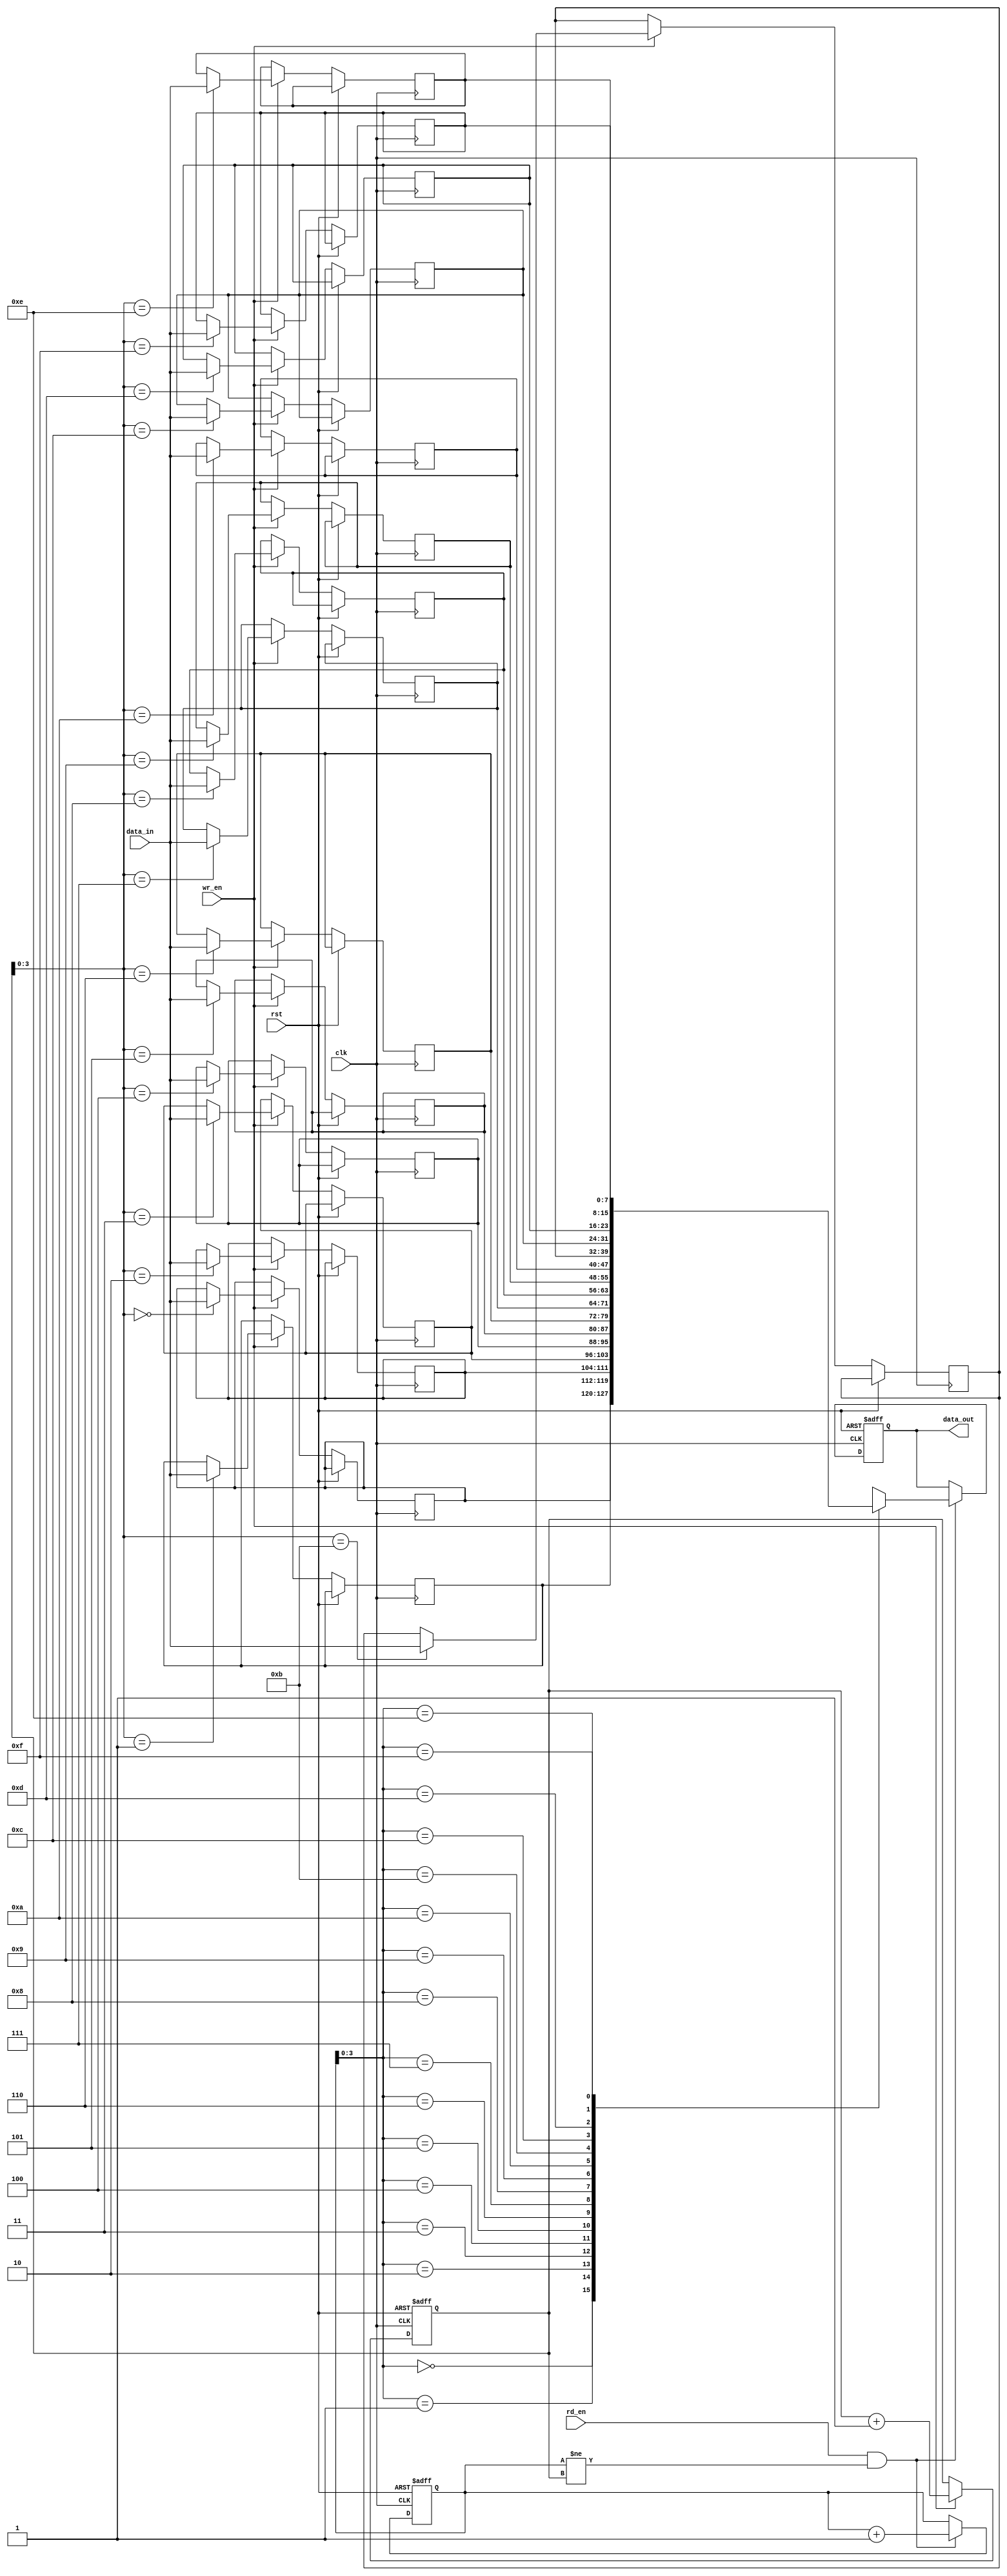
module FirstWordFallThroughFIFO (
    input wire clk,
    input wire rst,
    input wire wr_en,
    input wire rd_en,
    input wire [DATA_WIDTH-1:0] data_in,
    output reg [DATA_WIDTH-1:0] data_out
);

parameter DEPTH = 16;  // Depth of the FIFO buffer
parameter DATA_WIDTH = 8;  // Width of data

reg [DATA_WIDTH-1:0] fifo_mem [0:DEPTH-1];
reg [DATA_WIDTH-1:0] data_out_reg;
reg [DATA_WIDTH-1:0] first_word;

reg [DEPTH-1:0] wr_ptr;
reg [DEPTH-1:0] rd_ptr;

always @ (posedge clk or posedge rst) begin
    if (rst) begin
        wr_ptr <= 0;
        rd_ptr <= 0;
        data_out_reg <= 0;
        first_word <= 0;
    end else begin
        if (wr_en) begin
            fifo_mem[wr_ptr] <= data_in;
            wr_ptr <= wr_ptr + 1;
        end
        
        if (rd_en && (rd_ptr != wr_ptr)) begin
            data_out_reg <= fifo_mem[rd_ptr];
            rd_ptr <= rd_ptr + 1;
        end
    end
end

assign data_out = data_out_reg;

endmodule